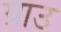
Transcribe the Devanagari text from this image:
ग्राउ